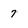
Character: 7